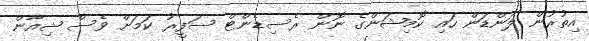
އިތުރުން ލަންޑަން ހައި ކޮމިޝަންގެ ނޮން ރެސިޑެންޓް ސަފީރު ކަމަށް ވެސް ޝިއާން